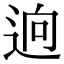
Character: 逈